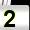
Digit: 2